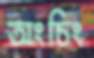
অংচিং